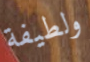
ولطيفة